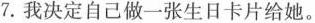
7.我决定自己做一张生日卡片给她。